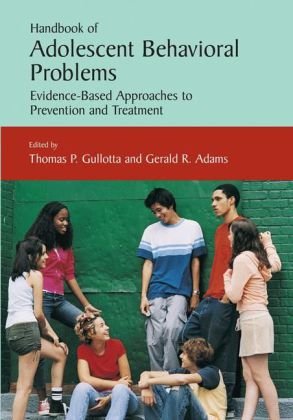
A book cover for Handbook of Adolescent Behavioral Problems: Evidence-Based Approaches to Prevention and Treatment; Health, Fitness & Dieting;